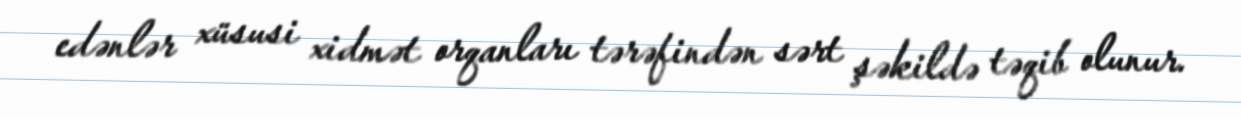
edənlər xüsusi xidmət orqanları tərəfindən sərt şəkildə təqib olunur.